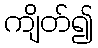
ကျိတ်၍